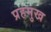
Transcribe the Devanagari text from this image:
प्रहमुख